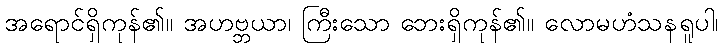
အရောင်ရှိကုန်၏။ အဟဗ္ဘယာ၊ ကြီးသော ဘေးရှိကုန်၏။ လောမဟံသနရူပါ၊